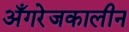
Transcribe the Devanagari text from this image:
अँगरेजकालीन